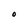
Character: O